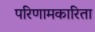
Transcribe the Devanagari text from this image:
परिणामकारिता